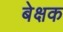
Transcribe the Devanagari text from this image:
बेक्षक